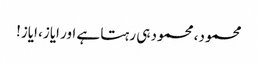
محمود، محمود ہی رہتا ہے اور ایاز، ایاز!